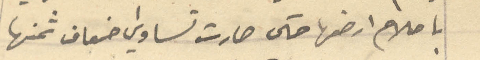
بإصلاح ارضها حتى صارت تساوي اضعاف ثمنها